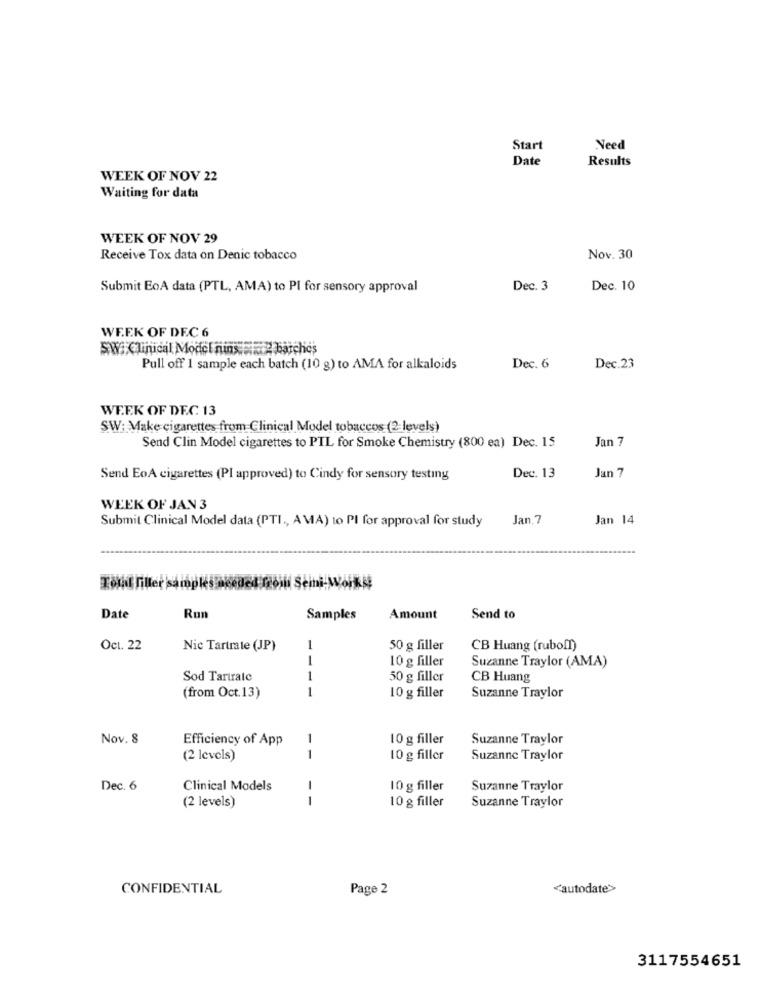
Start
Need
Date
Results
WEEK OF NOV 22
Waiting for data
WEEK OF NOV 29
Receive Tox data on Denic tobacco
Nov. 30
Submit EoA data (PTL, AMA) to PI for sensory approval
Dec. 3
Dec. 10
WEEK OF DEC 6
SW. Clinical Model nins 2 batches
Pull off 1 sample each batch (10 g) to AMA for alkaloids
Dec. 6
Dec.23
WEEK OF DEC 13
SW: Make cigarettes from Clinical Model tobaccos (2-levels)
Send Clin Model cigarettes to PIL for Smoke Chemistry (800 ea) Dec. 15
Jan 7
Jan 7
Send EoA cigarettes (PI approved) to Cindy for sensory testing
Dec. 13
WEEK OF JAN 3
Submit Clinical Model data (PTI ., AMA) to PI for approval for study
Jan.7
Jan 14
Total Filler samples areacd zoin Semi-Works
Date
Run
Samples
Amount
Send to
Oct. 22
Nie Tartrate (JP)
1
50 g filler
CB Huang (ruboff)
-
10 g filler
Suzanne Traylor (AMA)
Sod Tartrate
1
50 g filler
CB Huang
1
(from Oct.13)
10 g filler
Suzanne Traylor
Nov. 8
Efficiency of App
1
10 g filler
Suzanne Traylor
(2 levels)
1
10 g filler
Suzanne Traylor
Dec. 6
Clinical Models
1
10 g filler
Suzanne Traylor
(2 levels)
1
10 g filler
Suzanne Traylor
CONFIDENTIAL
Page 2
‹autodate>
3117554651